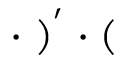
\cdot \bf { \Phi } ) ^ { ' } \cdot (